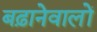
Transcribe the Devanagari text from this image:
बढ़ानेवालों